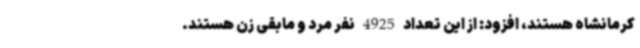
کرمانشاه هستند، افزود: از این تعداد 4925 نفر مرد و مابقی زن هستند.